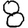
Digit: 8